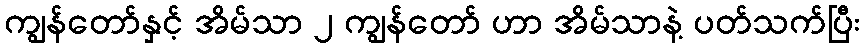
ကျွန်တော်နှင့် အိမ်သာ ၂ ကျွန်တော် ဟာ အိမ်သာနဲ့ ပတ်သက်ပြီး